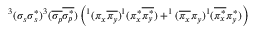
^ 3 ( \sigma _ { s } \sigma _ { s } ^ { * } ) ^ { 3 } ( \overline { { \sigma _ { p } } } \overline { { \sigma _ { p } ^ { * } } } ) \left( ^ 1 ( \pi _ { x } \overline { { \pi _ { y } } } ) ^ { 1 } ( \pi _ { x } ^ { * } \overline { { \pi _ { y } ^ { * } } } ) + ^ { 1 } ( \overline { { \pi _ { x } } } \pi _ { y } ) ^ { 1 } ( \overline { { \pi _ { x } ^ { * } } } \pi _ { y } ^ { * } ) \right)